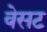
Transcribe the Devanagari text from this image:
वेसट